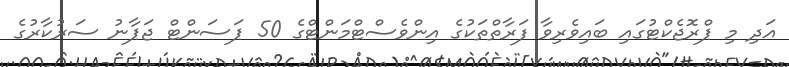
އަދި މި ޕްރޮޖެކްޓުގައި ބައިވެރިވާ ފަރާތްތަކުގެ އިންވެސްޓްމަންޓްގެ 50 ޕަސަންޓް ޖަޕާނު ސަރުކާރުގެ